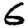
Digit: 6